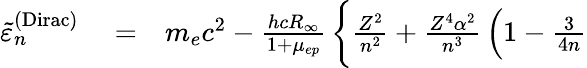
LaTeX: \begin{array}{rlr}{\tilde{\varepsilon}_{n}^{\mathrm{(Dirac)}}}&{{}=}&{m_{e}c^{2}-\frac{hcR_{\infty}}{1+\mu_{ep}}\, \bigg\{ \frac{Z^{2}}{n^{2}}+\frac{Z^{4}\alpha^{2}}{n^{3}}\, \Big(1-\frac{3}{4n}}\end{array}